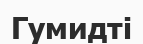
Гумидті